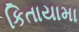
કિતાયામા